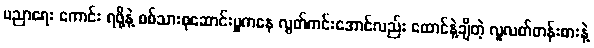
ပညာရေး ကောင်း ရဖို့နဲ့ စစ်သားစုဆောင်းမှုကနေ လွတ်ကင်းအောင်လည်း ထောင်နဲ့ချီတဲ့ လူလတ်တန်းစားနဲ့